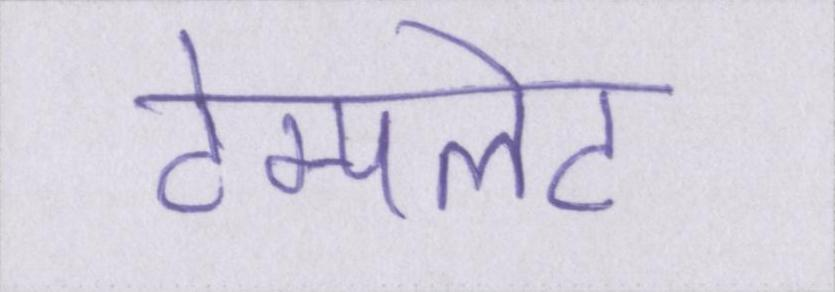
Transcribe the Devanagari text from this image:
टेम्पलेट